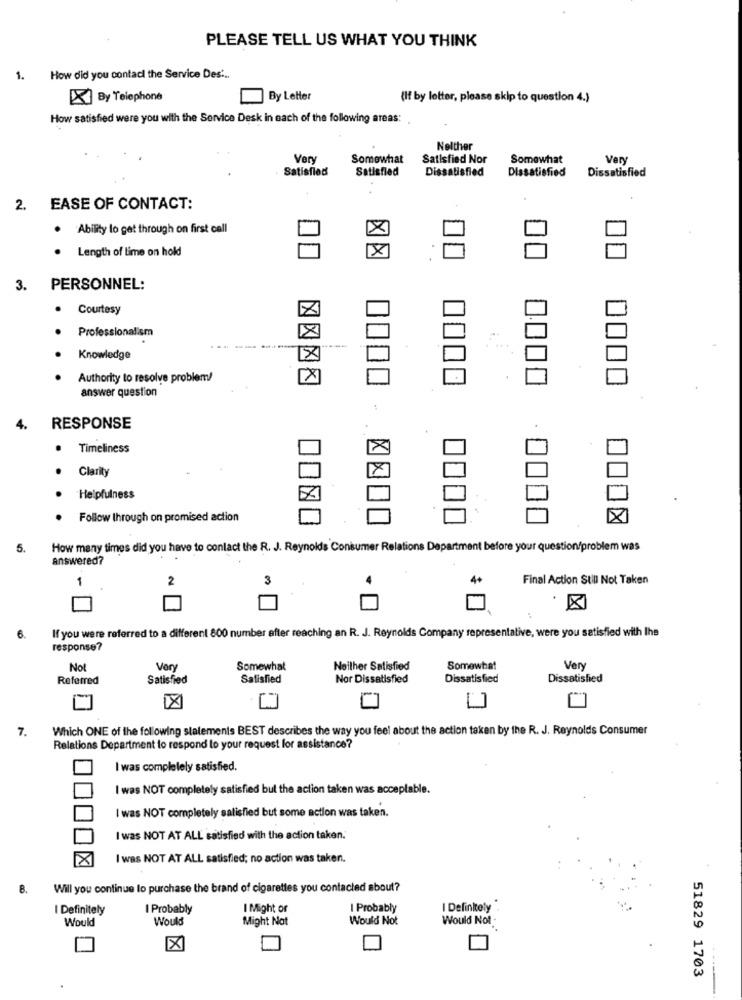
PLEASE TELL US WHAT YOU THINK
1. How did you contac the Service Des ...
X By Telephone
By Letter
(If by letter, please skip to question 4.)
How satisfied were you with the Service Desk in each of the following areas:
Nelther
Very
Somewhat
Satisfied Nor
Somewhat
Very
Satisfied
Satisfied
Dissatisfied
Dissatisfied
Dissatisfied
2. EASE OF CONTACT:
. Ability to get through on first call
Length of lime on hold
3.
PERSONNEL:
.
Courtesy
Professionalism
Knowledge
18
Authority to resolve problem!
answer question
4.
RESPONSE
Timeliness
×
Clarity
Helpfulness
Follow through on promised action
5.
How many times did you have to contact the R. J. Reynolds Consumer Relations Department before your question/problem was
answered?
1
2
3
4+
Final Action Still Not Taken
If you were referred to a different 800 number after reaching an R. J. Reynolds Company representative, were you satisfied with lhe
6.
response?
Not
Very
Somewhat
Neither Satisfied
Somewhat
Very
Referred
Satisfied
Satisfied
Nor Dissatisfied
Dissatisfied
Dissatisfied
7.
Which ONE of the following statements BEST describes the way you feel about the action taken by the R. J. Reynolds Consumer
Relations Department to respond to your request for assistance?
I was completely satisfied.
I was NOT completely satisfied but the action taken was acceptable.
I was NOT completely satisfied but some action was taken.
I was NOT AT ALL satisfied with the action taken.
I was NOT AT ALL satisfied; no action was taken.
8.
Will you continue to purchase the brand of cigarettes you contacted about?
I Definitely
I Probably
I Might or
I Probably
I Definitely
Would
Would
Might Not
Would Not
Would Not
51829 1703